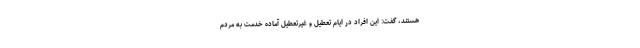
هستند، گفت: این افراد در ایام تعطیل و غیرتعطیل آماده خدمت به مردم